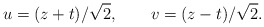
\begin{align*}u = (z + t)/\sqrt{2} , \qquad v = (z - t)/\sqrt{2} .\end{align*}